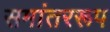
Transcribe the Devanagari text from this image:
समांतररूप